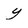
Character: y